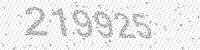
Solution: 219925